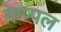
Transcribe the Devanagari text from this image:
केप्पल